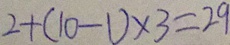
2 + ( 1 0 - 1 ) \times 3 = 2 9